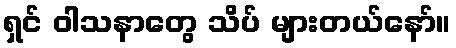
ရှင် ဝါသနာတွေ သိပ် များတယ်နော်။